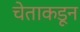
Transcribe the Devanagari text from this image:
चेताकडून